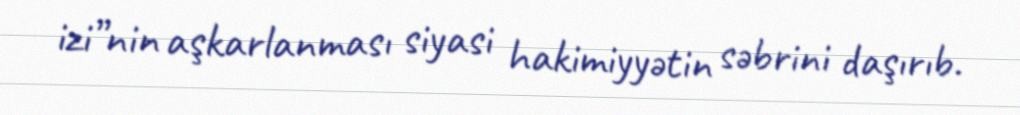
izi”nin aşkarlanması siyasi hakimiyyətin səbrini daşırıb.